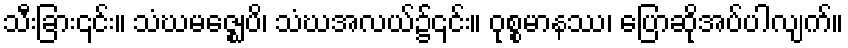
သီးခြား၎င်း။ သံဃမဇ္ဈေပိ၊ သံဃအလယ်၌၎င်း။ ဝုစ္စမာနဿ၊ ပြောဆိုအပ်ပါလျက်။